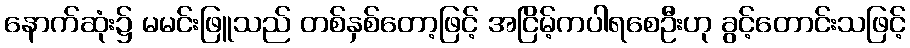
နောက်ဆုံး၌ မမင်းဖြူသည် တစ်နှစ်တော့ဖြင့် အငြိမ့်ကပါရစေဦးဟု ခွင့်တောင်းသဖြင့်